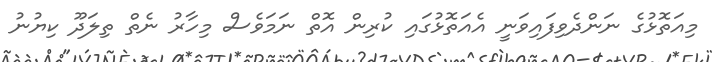
މިއަތޮޅުގެ ނަންދެވިފައިވަނީ އެއަތޮޅުގައި ކުރިން އޮތް ނަމަވެސް މިހާރު ނެތް ތިލަދޫ ކިޔުނު